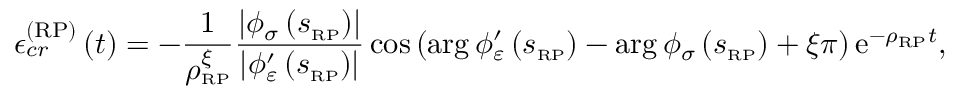
\mathcal { \epsilon } _ { c r } ^ { \left( \mathrm { R P } \right) } \left( t \right) = - \frac { 1 } { \rho _ { \scriptscriptstyle { \mathrm { R P } } } ^ { \xi } } \frac { \left\vert \phi _ { \sigma } \left( s _ { \scriptscriptstyle { \mathrm { R P } } } \right) \right\vert } { \left\vert \phi _ { \varepsilon } ^ { \prime } \left( s _ { \scriptscriptstyle { \mathrm { R P } } } \right) \right\vert } \cos \left( \arg \phi _ { \varepsilon } ^ { \prime } \left( s _ { \scriptscriptstyle { \mathrm { R P } } } \right) - \arg \phi _ { \sigma } \left( s _ { \scriptscriptstyle { \mathrm { R P } } } \right) + \xi \pi \right) \mathrm { e } ^ { - \rho _ { \scriptscriptstyle { \mathrm { R P } } } t } ,